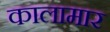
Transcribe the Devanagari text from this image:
कालामार